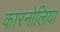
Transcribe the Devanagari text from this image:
कारनोलिया